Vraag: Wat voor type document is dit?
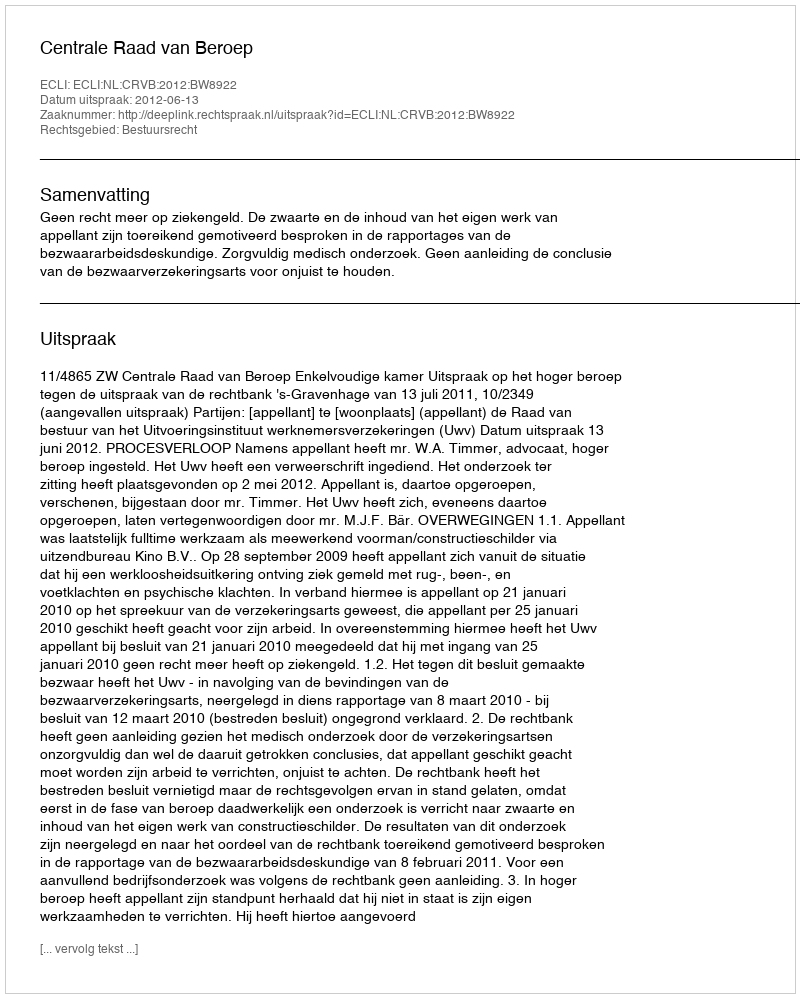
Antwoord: Uitspraak